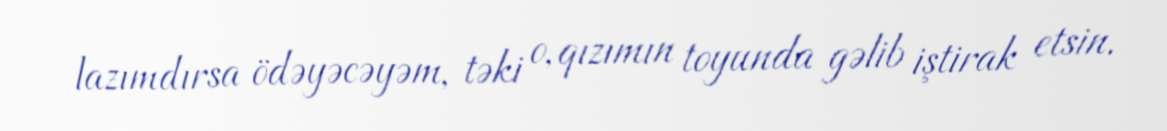
lazımdırsa ödəyəcəyəm, təki o, qızımın toyunda gəlib iştirak etsin.